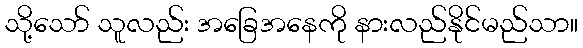
သို့သော် သူလည်း အခြေအနေကို နားလည်နိုင်မည်သာ။